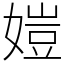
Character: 㜐